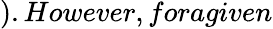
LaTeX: ).However,foragiven